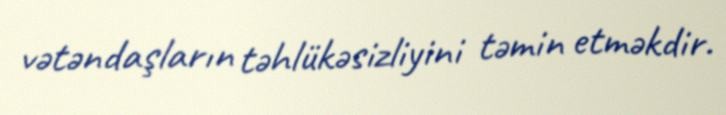
vətəndaşların təhlükəsizliyini təmin etməkdir.